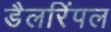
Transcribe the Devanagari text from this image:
डैलरिंपल